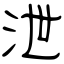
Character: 泄